Assam Mental Hospital (Tezpur, India) - 1933-1948
Year: 1933
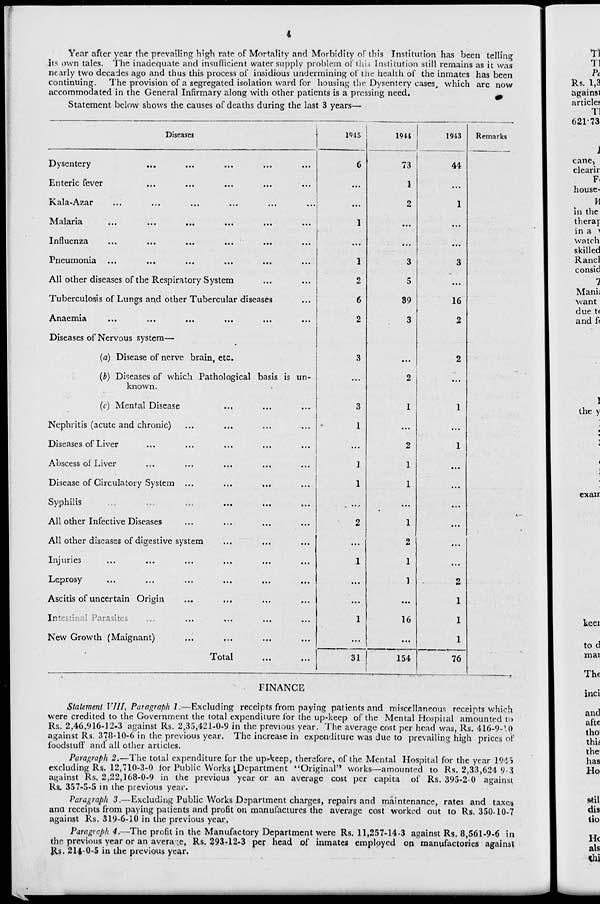
4
Year after year the prevailing high rate of Mortality and Morbidity of this Institution has been telling
its own tales. The inadequate and insufficient water supply problem of this Institution still remains as it was
nearly two decades ago and thus this process of insidious undermining of the health of the inmates has been
continuing. The provision of a segregated isolation ward for housing the Dysentery cases, which are now
accommodated in the General Infirmary along with other patients is a pressing need.
Statement below shows the causes of deaths during the last 3 years—
Diseases
Dysentery ... ... ... ... ...
Enteric fever ... ... ... ... ...
Kala-Azar
...
...
...
...
...
...
Malaria
...
...
...
...
...
...
Influenza
...
...
...
...
...
...
Pneumonia ...
...
...
...
... ...
All other diseases of the Respiratory System ... ...
Tuberculosis of Lungs and other Tubercular diseases ...
Anaemia
...
...
...
...
...
...
Diseases of Nervous system—
(a) Disease of nerve brain, etc.
(b) Diseases of which Pathological basis is un-
known.
(c) Mental Disease
... ... ...
Nephritis (acute and chronic) ... ... ... ...
Diseases of Liver
...
...
...
... ...
Abscess of Liver ... ... ... ... ...
Disease of Circulatory System ...
...
...
Syphilis ... ... ... ... ... ...
All other Infective Diseases ... ... ... ...
All other diseases of digestive system ... ... ...
Injuries
...
...
...
...
...
...
Leprosy
...
...
...
...
...
...
Ascitis of uncertain Origin
...
... ... ...
Intestinal Parasites
...
...
...
...
...
New Growth (Maignant)
...
... ... ...
Total ... ...
1945
6
...
...
1
...
1
2
6
2
3
...
3
1
...
1
1
...
2
...
1
...
...
1
...
31
1944
73
1
2
...
...
3
5
39
3
...
2
1
...
2
1
1
...
1
2
1
1
...
16
...
154
1943
44
...
1
...
...
3
...
16
2
2
...
1
...
1
...
...
...
...
...
...
2
1
1
1
76
Remarks
FINANCE
Statement VIII, Paragraph 1.—Excluding receipts from paying patients and miscellaneous receipts which
were credited to the Government the total expenditure for the up-keep of the Mental Hospital amounted to
Rs. 2,46,916-12-3 against Rs. 2,35,421-0-9 in the previous year. The average cost per head was, Rs. 416-9-10
against Rs. 378-10-6 in the previous year. The increase in expenditure was due to prevailing high prices of
foodstuff and all other articles.
Paragraph 2.—The total expenditure for the up-keep, therefore, of the Mental Hospital for the year 1945
excluding Rs. 12,710-3-0 for Public Works Department "Original" works—amounted to Rs. 2,33,624 9-3
against Rs. 2,22,168-0-9 in the previous year or an average cost per capita of Rs. 395-2-0 against
Rs. 357-5-5 in the previous year.
Paragraph 3.—Excluding Public Works Department charges, repairs and maintenance, rates and taxes
ana receipts from paying patients and profit on manufactures the average cost worked out to Rs. 350-10-7
against Rs. 319-6-10 in the previous year.
Paragraph 4.—The profit in the Manufactory Department were Rs. 11,257-14-3 against Rs. 8,561-9-6 in
the previous year or an average, Rs. 293-12-3 per head of inmates employed on manufactories against
Rs. 214-0-5 in the previous year.